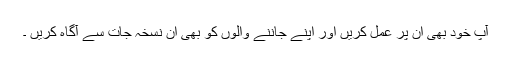
آپ خود بھی ان پر عمل کریں اور اپنے جاننے والوں کو بھی ان نسخہ جات سے آگاہ کریں ۔